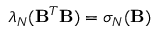
\lambda _ { \ensuremath { N } } ( \ensuremath { \mathbf { B } } ^ { T } \ensuremath { \mathbf { B } } ) = \sigma _ { \ensuremath { N } } ( \ensuremath { \mathbf { B } } )